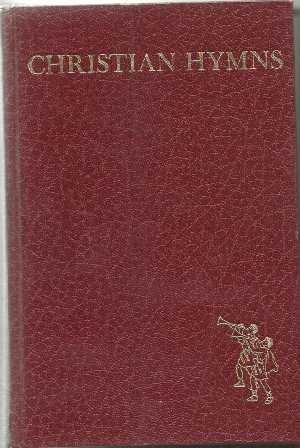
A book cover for Christian Hymns; Christian Books & Bibles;